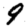
Digit: 9